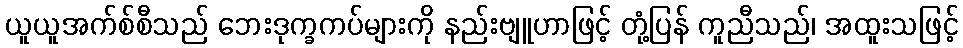
ယူယူအက်စ်စီသည် ဘေးဒုက္ခကပ်များကို နည်းဗျူဟာဖြင့် တုံ့ပြန် ကူညီသည်၊ အထူးသဖြင့်